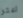
اعثر